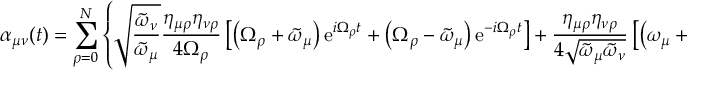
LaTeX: \alpha _ { \mu \nu } ( t ) = \sum _ { \rho = 0 } ^ { N } \left\{ \sqrt { \frac { \tilde { \omega } _ { \nu } } { \tilde { \omega } _ { \mu } } } \frac { \eta _ { \mu \rho } \eta _ { \nu \rho } } { 4 \Omega _ { \rho } } \left[ \left( \Omega _ { \rho } + \tilde { \omega } _ { \mu } \right) \mathrm { e } ^ { i \Omega _ { \rho } t } + \left( \Omega _ { \rho } - \tilde { \omega } _ { \mu } \right) \mathrm { e } ^ { - i \Omega _ { \rho } t } \right] + \frac { \eta _ { \mu \rho } \eta _ { \nu \rho } } { 4 \sqrt { \tilde { \omega } _ { \mu } \tilde { \omega } _ { \nu } } } \left[ \left( \omega _ { \mu } + \Omega _ { \rho } \right) \mathrm { e } ^ { i \Omega _ { \rho } t } + \left( \omega _ { \mu } - \Omega _ { \rho } \right) \mathrm { e } ^ { - i \Omega _ { \rho } t } \right] \right\} \; ,